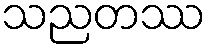
သညတဿ